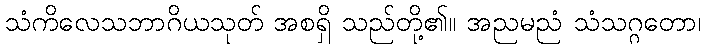
သံကိလေသဘာဂိယသုတ် အစရှိ သည်တို့၏။ အညမညံ သံသဂ္ဂတော၊